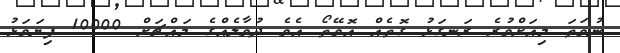
ނުވަތަ މިއަށްވުރެ ރަނގަޅު ގޮތެއް އޮވޭތޯ އެވެ ދުވާލެއްގެ މައްޗަށް 10000 ފިޔަވަޅު